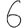
Digit: 6